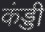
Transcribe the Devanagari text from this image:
कंड्डी